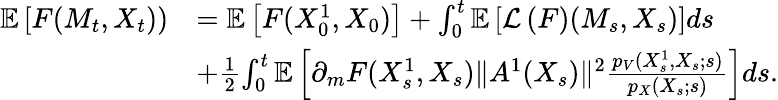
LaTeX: \begin{array}{rl}{{\mathbb E}\left[F(M_{t},X_{t})\right)}&{={\mathbb E}\left[F(X_{0}^{1},X_{0})\right]+\int_{0}^{t}{\mathbb E}\left[{\mathcal L}\left(F\right)(M_{s},X_{s})\right]ds}\\ &{+\frac{1}{2}{\int_{0}^{t}{\mathbb E}\left[\partial_{m}F(X_{s}^{1},{X_{s}})\| A^{1}(X_{s})\| ^{2}\frac{p_{V}(X_{s}^{1},{X_{s}};s)}{p_{X}(X_{s};s)}\right]ds.}}\end{array}